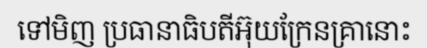
ទៅមិញ ប្រធានាធិបតីអ៊ុយក្រែនគ្រានោះ